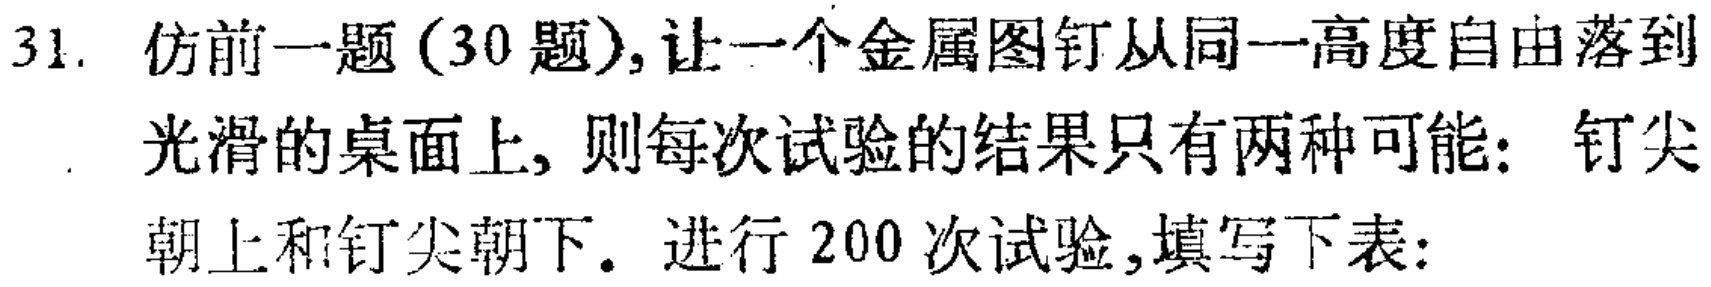
31. 仿前一题（30 题）,让一个金属图钉从同一高度自由落到光滑的桌面上, 则每次试验的结果只有两种可能: 钉尖朝上和钉尖朝下. 进行 200 次试验,填写下表: